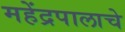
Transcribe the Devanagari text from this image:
महेंद्रपालाचे